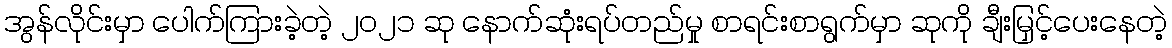
အွန်လိုင်းမှာ ပေါက်ကြားခဲ့တဲ့ ၂၀၂၁ ဆု နောက်ဆုံးရပ်တည်မှု စာရင်းစာရွက်မှာ ဆုကို ချီးမြှင့်ပေးနေတဲ့